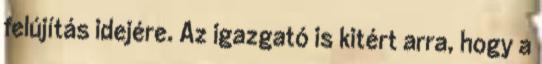
felújítás idejére. Az igazgató is kitért arra, hogy a